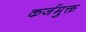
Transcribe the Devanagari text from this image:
कर्जमुक्त